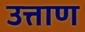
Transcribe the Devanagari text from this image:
उत्ताण